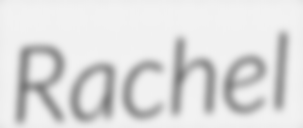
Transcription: Rachel